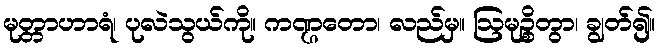
မုတ္တာဟာရံ၊ ပုလဲသွယ်ကို။ ကဏ္ဌတော၊ လည်မှ။ ဩမုဉ္စိတွာ၊ ချွတ်၍။